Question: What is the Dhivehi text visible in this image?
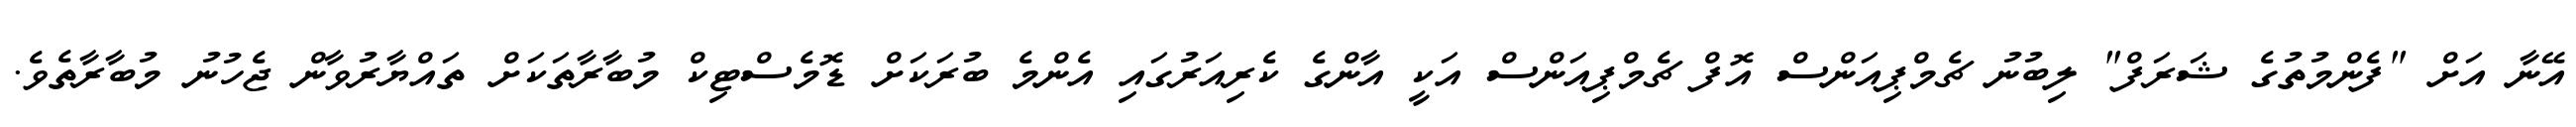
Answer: އޭނާ އަށް "ފެންމުތުގެ ޝަރަފް" ލިބުނު ޗެމްޕިއަންސް އޮފް ޗެމްޕިއަންސް އަކީ އާންގެ ކެރިއަރުގައި އެންމެ ބުރަކަށް ޑޮމެސްޓިކް މުބާރާތަކަށް ތައްޔާރުވާން ޖެހުނު މުބާރާތެވެ.